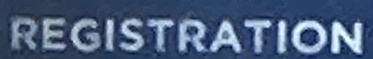
REGISTRATION